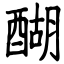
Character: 醐